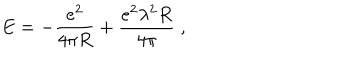
E = - \frac { e ^ { 2 } } { 4 \pi R } + \frac { e ^ { 2 } \lambda ^ { 2 } R } { 4 \pi } \; ,